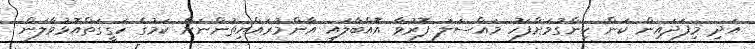
އަދި މިފަދައިން ކަން ހިންގުމަށްފަހު މައްސަލަ ފޮރުވާ އޮއްބާލައި އާންމުރައްޔިތުންނަށް ކަމުގެ ހަގީގަތްއޮޅުވާލަން